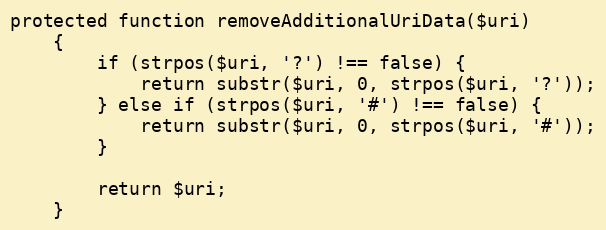
Language: PHP
protected function removeAdditionalUriData($uri)
    {
        if (strpos($uri, '?') !== false) {
            return substr($uri, 0, strpos($uri, '?'));
        } else if (strpos($uri, '#') !== false) {
            return substr($uri, 0, strpos($uri, '#'));
        }

        return $uri;
    }